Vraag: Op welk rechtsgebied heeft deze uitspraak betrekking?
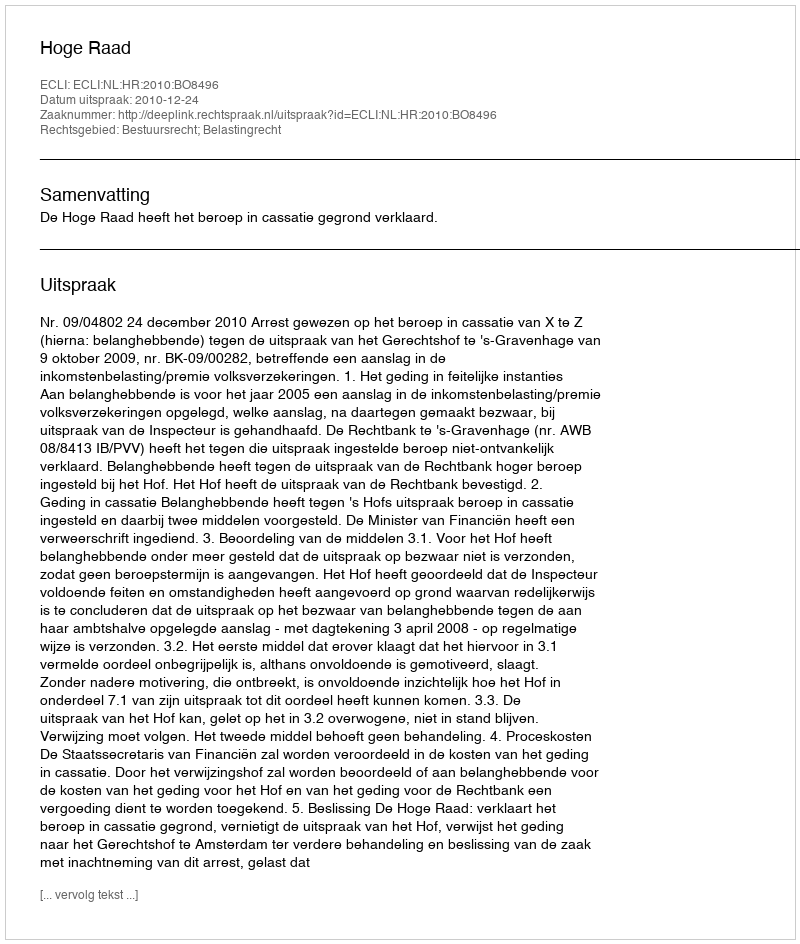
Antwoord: Bestuursrecht; Belastingrecht